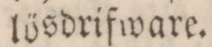
lösdrifware.